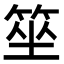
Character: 𥭭